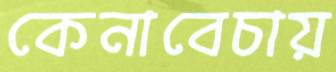
কেনাবেচায়